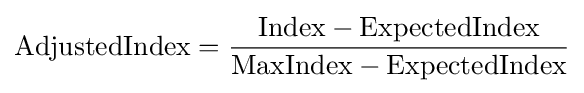
{\text{AdjustedIndex}}={\frac {{\text{Index}}-{\text{ExpectedIndex}}}{{\text{MaxIndex}}-{\text{ExpectedIndex}}}}